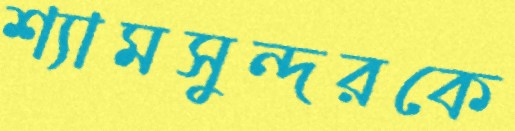
শ্যামসুন্দরকে